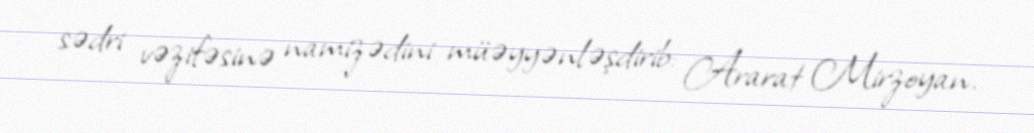
sədri vəzifəsinə namizədini müəyyənləşdirib: Ararat Mirzoyan.